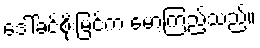
ဒေါ်ခင်စိုးမြင့်က မော့ကြည့်သည်။